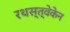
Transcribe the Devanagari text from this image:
रथस्त्वेकेन